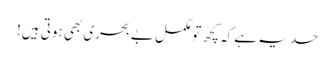
حد یہ ہے کہ کچھ تو مکمل بے بحری بھی ہوتی ہیں!